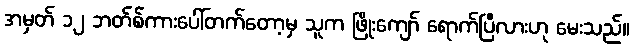
အမှတ် ၁၂ ဘတ်စ်ကားပေါ်တက်တော့မှ သူက ဖြိုးကျော် ရောက်ပြီလားဟု မေးသည်။